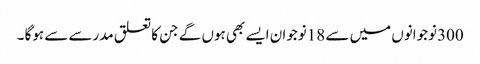
300نوجوانوں میں سے 18نوجوان ایسے بھی ہوں گے جن کا تعلق مدرسے سے ہوگا ۔